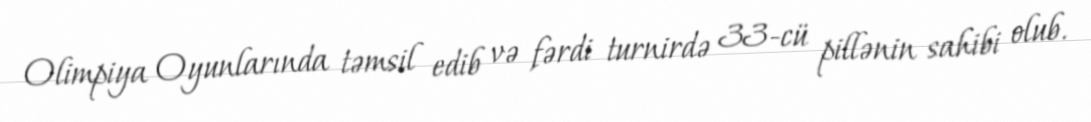
Olimpiya Oyunlarında təmsil edib və fərdi turnirdə 33-cü pillənin sahibi olub.